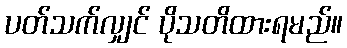
ပတ်သက်လျှင် ပိုသတိထားရမည်။